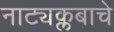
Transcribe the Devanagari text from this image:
नाट्यक्लबाचे